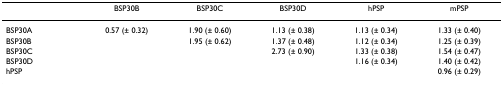
<table><thead><tr><td></td><td><b>BSP30B</b></td><td><b>BSP30C</b></td><td><b>BSP30D</b></td><td><b>hPSP</b></td><td><b>mPSP</b></td></tr></thead><tbody><tr><td>BSP30A</td><td>0.57 (± 0.32)</td><td>1.90 (± 0.60)</td><td>1.13 (± 0.38)</td><td>1.13 (± 0.34)</td><td>1.33 (± 0.40)</td></tr><tr><td>BSP30B</td><td></td><td>1.95 (± 0.62)</td><td>1.37 (± 0.48)</td><td>1.12 (± 0.34)</td><td>1.25 (± 0.39)</td></tr><tr><td>BSP30C</td><td></td><td></td><td>2.73 (± 0.90)</td><td>1.33 (± 0.38)</td><td>1.54 (± 0.47)</td></tr><tr><td>BSP30D</td><td></td><td></td><td></td><td>1.16 (± 0.34)</td><td>1.40 (± 0.42)</td></tr><tr><td>hPSP</td><td></td><td></td><td></td><td></td><td>0.96 (± 0.29)</td></tr></tbody></table>